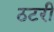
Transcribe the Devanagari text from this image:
ठटरी